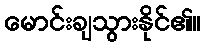
မောင်းချသွားနိုင်၏။